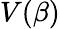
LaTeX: V(\beta)